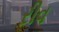
રીવ